Lunatic asylums Central Provinces reports 1910-1926 - 1910-1926
Year: 1910
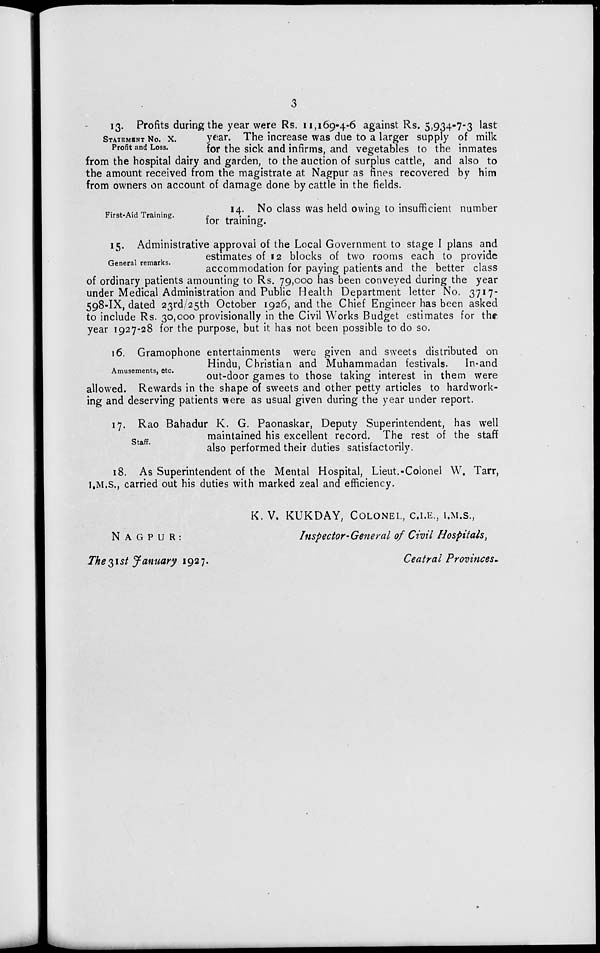
3
STATEMENT NO. X.
Profit and Loss.
13. Profits during the year were Rs. 11,169-4-6 against Rs. 5,934-7-3 last
year. The increase was due to a larger supply of milk
for the sick and infirms, and vegetables to the inmates
from the hospital dairy and garden, to the auction of surplus cattle, and also to
the amount received from the magistrate at Nagpur as fines recovered by him
from owners on account of damage done by cattle in the fields.
First-Aid Training.
14. No class was held owing to insufficient number
for training.
General remarks.
15. Administrative approval of the Local Government to stage I plans and
estimates of 12 blocks of two rooms each to provide
accommodation for paying patients and the better class
of ordinary patients amounting to Rs. 79,000 has been conveyed during the year
under Medical Administration and Public Health Department letter No. 3717-
598-IX, dated 23rd/25th October 1926, and the Chief Engineer has been asked
to include Rs. 30,000 provisionally in the Civil Works Budget estimates for the
year 1927-28 for the purpose, but it has not been possible to do so.
Amusements, etc.
16. Gramophone entertainments were given and sweets distributed on
Hindu, Christian and Muhammadan festivals.
In-and
out-door games to those taking interest in them were
allowed. Rewards in the shape of sweets and other petty articles to hardwork-
ing and deserving patients were as usual given during the year under report.
Staff.
17. Rao Bahadur K. G. Paonaskar, Deputy Superintendent, has well
maintained his excellent record. The rest of the staff
also performed their duties satisfactorily.
18. As Superintendent of the Mental Hospital, Lieut.-Colonel W. Tarr,
I.M.S., carried out his duties with marked zeal and efficiency.
K. V. KUKDAY, COLONEL, C.I.E., I.M.S.,
NAGPUR:
Inspector-General of Civil Hospitals,
The31st January 1927.
Ceatral Provinces.